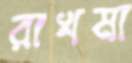
রাখমা